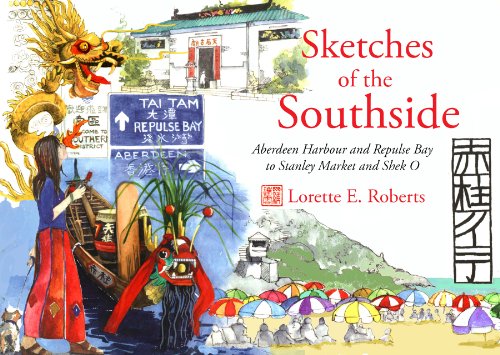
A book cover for Sketches of the Southside: Aberdeen Harbour and Repulse Bay to Stanley Market and Shek O; Lorette E. Roberts; Travel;